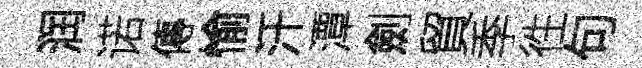
润诺傳愉汗潭劍貿季徃句